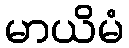
မာယိမံ